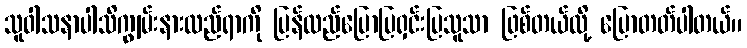
သူဝါသနာပါသိကျွမ်းနားလည်ရာကို ပြန်လည်ပြောပြရှင်းပြသူသာ ဖြစ်တယ်လို့ ပြောတတ်ပါတယ်။